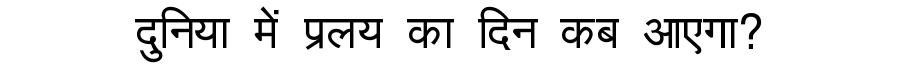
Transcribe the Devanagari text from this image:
दुनिया में प्रलय का दिन कब आएगा?